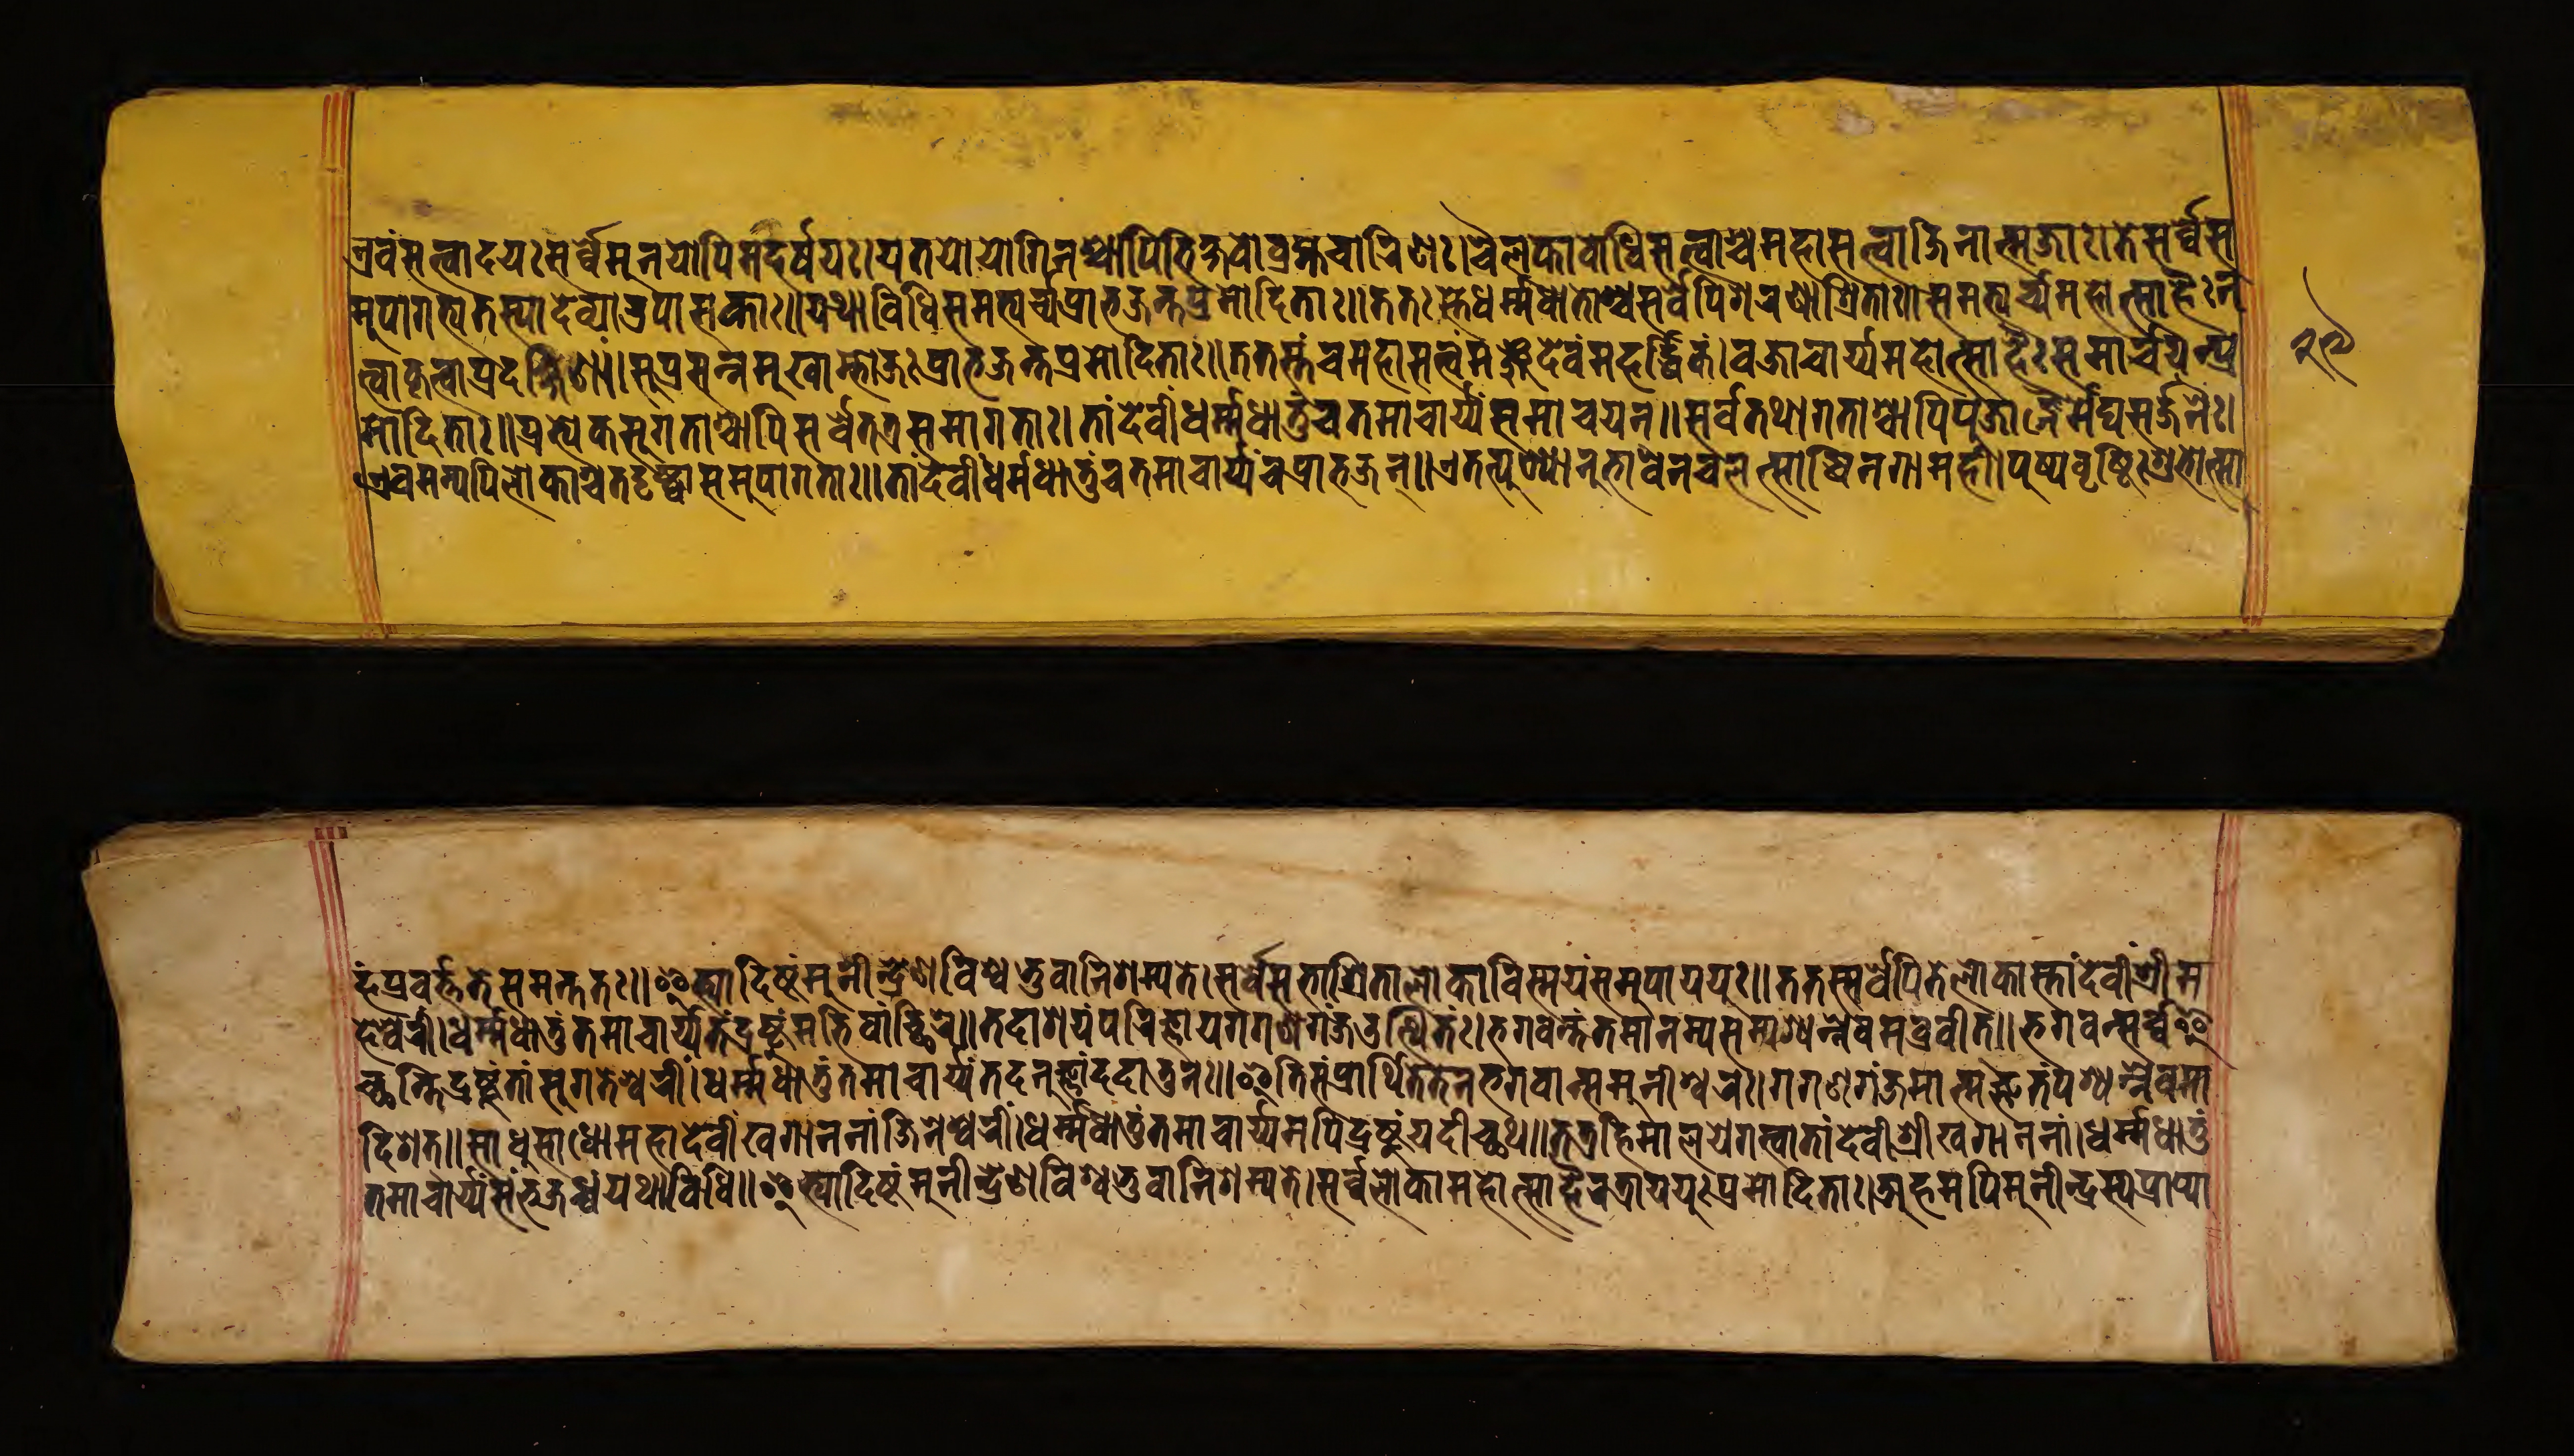
𑐊𑑂𑐬𑐰𑑄𑐳𑐟𑑂𑐰𑐵𑐡𑐫𑑅𑐳𑐬𑑂𑐰𑐾𑐩𑐣𑐫𑑀𑐥𑐶𑐩𑐡𑐬𑑂𑐲𑐫𑑅।𑐫𑐟𑐫𑑀𑐫𑑀𑐐𑐶𑐣𑐱𑑂𑐔𑐵𑐥𑐶𑐨𑐶𑐎𑑂𑐲𑐫𑑀𑐧𑑂𑐬𑐴𑑂𑐩𑐔𑐵𑐬𑐶𑐞𑑅।𑐰𑐮𑐎𑐵𑐧𑑀𑐢𑐶𑐳𑐟𑑂𑐟𑑂𑐰𑐵𑐱𑑂𑐔𑐩𑐴𑐵𑐳𑐟𑑂𑐟𑑂𑐰𑐵𑐖𑐶𑐣𑐵𑐟𑑂𑐩𑐖𑐵𑑅।𑐟𑐾𑐳𑐬𑑂𑐰𑐾𑐳 𑐩𑐸𑐥𑐵𑐐𑐟𑑂𑐫𑐟𑐳𑑂𑐫𑐵𑐡𑐾𑐰𑑂𑐫𑐵𑐄𑐥𑐵𑐳𑐎𑐵𑑅॥𑐫𑐠𑐵𑐰𑐶𑐢𑐶𑐳𑐩𑐨𑑂𑐫𑐬𑑂𑐔𑑂𑐫𑐥𑑂𑐬𑐵𑐨𑐖𑐣𑑂𑐟𑐥𑑂𑐬𑐩𑑀𑐡𑐶𑐟𑐵𑑅॥𑐟𑐟𑑅𑐳𑑂𑐟𑐾𑐢𑐬𑑂𑐩𑑂𑐩𑐢𑐵𑐟𑑀𑐱𑑂𑐔𑐳𑐬𑑂𑐰𑐾𑐥𑐶𑐱𑐬𑐞𑐵𑐱𑑂𑐬𑐶𑐟𑐵𑑅॥𑐳𑐩𑐨𑑂𑐫𑐬𑑂𑐔𑑂𑐫𑐩𑐴𑑀𑐟𑑂𑐳𑐵𑐴𑐿 𑐟𑑂𑐰𑐵𑐎𑐺𑐟𑑂𑐰𑐵𑐥𑑂𑐬𑐡𑐎𑑂𑐲𑐶𑐞𑐵॥𑐳𑐸𑐥𑑂𑐬𑐳𑐣𑑂𑐣𑐩𑐸𑐏𑐵𑐩𑑂𑐨𑑀𑐖𑑅𑐥𑑂𑐬𑐵𑐨𑐖𑐣𑑂𑐟𑐥𑑂𑐬𑐩𑑀𑐡𑐶𑐟𑐵𑑅॥𑐟𑐟𑐳𑑂𑐟𑑄𑐔𑐩𑐴𑐵𑐳𑐟𑑂𑐟𑑂𑐰𑐩𑐘𑑂𑐖𑐸𑐡𑐾𑐰𑑄𑐩𑐴𑐬𑑂𑐢𑐶𑐎𑑄।𑐰𑐖𑐵𑐔𑐵𑐬𑐫𑑂𑐫𑐩𑐴𑑀𑐟𑑂𑐳𑐵𑐴𑐿𑑅𑐳𑐩𑐵𑐬𑑂𑐔𑐫𑐣𑑂𑐥𑑂𑐬 𑐩𑑀𑐡𑐶𑐟𑐵𑑅॥𑐥𑑂𑐬𑐟𑑂𑐫𑐾𑐎𑐳𑐸𑐐𑐟𑐵𑐱𑑂𑐔𑐵𑐥𑐶𑐳𑐬𑑂𑐰𑐾𑐟𑐟𑑂𑐬𑐳𑐩𑐵𑐐𑐟𑐵𑑅।𑐟𑐵𑑄𑐡𑐾𑐰𑑄𑐢𑐬𑑂𑐩𑑂𑐩𑐢𑐵𑐟𑐸𑑄𑐔𑐟𑐩𑐵𑐔𑐵𑐬𑑂𑐫𑐳𑐩𑐵𑐔𑐫𑐣𑑂॥𑐳𑐬𑑂𑐰𑑂𑐰𑐟𑐠𑐵𑐐𑐟𑐵𑐱𑑂𑐔𑐵𑐥𑐶𑐥𑐹𑐖𑐵𑐴𑐿𑐩𑐾𑐰𑑂𑐫𑐳𑐬𑑂𑐖𑐣𑐿𑑅॥ 𑐊𑐰𑐩𑐩𑑂𑐫𑐥𑐶𑐮𑑀𑐎𑐵𑐱𑑂𑐔𑐟𑐡𑐺𑐲𑑂𑐚𑑂𑐰𑐵𑐳𑐩𑐸𑐥𑐵𑐐𑐟𑐵𑑅॥𑐟𑐵𑐡𑐾𑐰𑐷𑑄𑐢𑐬𑑂𑐩𑐢𑐵𑐟𑐸𑑄𑐔𑐟𑐩𑐵𑐔𑐵𑐬𑑂𑐫𑐔𑐥𑑂𑐬𑐵𑐨𑐖𑐣𑑂॥𑐊𑐟𑐟𑑂𑐥𑐸𑐥𑑂𑐫𑐵𑐣𑐸𑐨𑐵𑐰𑐣𑐔𑐮𑐟𑑂𑐳𑐵𑑂𑐢𑐶𑐣𑐐𑐵𑐩𑐴𑐷॥𑐥𑐸𑐲𑑂𑐥𑐰𑐺𑐲𑑂𑐚𑐶𑐱𑐸𑐨𑑀𑐟𑑂𑐳𑐵 𑑄𑐥𑑂𑐬𑐰𑐬𑑂𑐟𑑂𑐟𑐟𑐾𑐳𑐩𑐣𑑂𑐟𑐟𑑅॥𑐂𑐟𑑂𑐫𑐵𑐡𑐶𑐲𑑂𑐚𑑄𑐩𑐸𑐣𑐷𑐣𑑂𑐡𑑂𑐬𑐾𑐞𑐰𑐶𑐢𑑂𑐫𑐟𑐸𑐰𑐵𑐣𑐶𑐱𑐩𑑂𑐫𑐟𑐾।𑐳𑐬𑑂𑐰𑐾𑐳𑐨𑐵𑐱𑑂𑐬𑐶𑐟𑐵𑐮𑑀𑐎𑐵𑐰𑐶𑐳𑑂𑐩𑐫𑑄𑐳𑐩𑐸𑐥𑐵𑐫𑐫𑐸𑑅॥𑐟𑐟𑐳𑑂𑐳𑐬𑑂𑐰𑐾𑐥𑐶𑐟𑐾𑐮𑑀𑐎𑐵𑐳𑑂𑐟𑐵𑑄𑐡𑐾𑐰𑐷 𑐴𑐾𑐰𑐬𑐷॥𑐢𑐬𑑂𑐩𑑂𑐩𑐢𑐵𑐟𑐸𑑄𑐟𑐩𑐵𑐔𑐵𑐬𑑂𑐫𑐟𑐾𑐡𑑂𑐬𑐲𑑂𑐚𑐸𑑄𑐩𑐨𑐶𑐰𑐵𑐔𑑂𑐕𑐶𑐬𑐾॥𑐟𑐡𑐵𑐱𑐫𑑄𑐥𑐬𑐶𑐖𑑂𑐘𑐵𑐫𑐐𑐐𑐫𑐐𑐖𑐄𑐟𑑂𑐫𑐶𑐟𑑅।𑐨𑐐𑐰𑐣𑑂𑐟𑑄𑐟𑐩𑐵𑐣𑐩𑑂𑐫𑐳𑐩𑑂𑐥𑐱𑑂𑐫𑐣𑑂𑐣𑐾𑐰𑐩𑐧𑑂𑐬𑐰𑐷𑐟𑑂॥𑐨𑐐𑐰𑐣𑑂𑐳𑐬𑑂𑐰𑑂𑐰𑐡 𑐔𑑂𑐕𑐣𑑂𑐟𑐶𑐡𑑂𑐬𑐲𑑂𑐰𑑄𑐟𑐵𑑄𑐳𑐸𑐐𑐟𑐾𑐱𑑂𑐔𑐬𑐷𑑄॥𑐢𑐬𑑂𑐩𑑂𑐩𑐢𑐵𑐟𑐸𑑄𑐟𑐩𑐵𑐔𑐵𑐬𑑂𑐫𑐟𑐡𑐣𑐸𑐟𑑂𑐫𑐵𑑄𑐡𑐡𑐵𑐟𑐸𑐣𑑅॥𑐂𑐟𑐶𑐳𑑄𑐥𑑂𑐬𑐵𑐬𑑂𑐠𑐶𑐟𑐾𑐟𑐾𑐣𑐨𑐐𑐰𑐵𑐣𑑂𑐳𑐩𑐸𑐣𑐷𑐱𑑂𑐰𑐬𑑄𑑅।𑐐𑐐𑐞𑐐𑑄𑐖𑐩𑐵𑐟𑑂𑐩𑐁𑐟𑑄𑐥𑐱𑑂𑐫𑐣𑑂𑐣𑐿𑐰𑑂𑐫𑐵 𑐡𑐶𑐱𑐵𑐟𑑂॥𑐳𑐵𑐢𑐩𑑂𑐵𑐢𑐵𑐩𑐴𑐵𑐡𑐾𑐰𑐷𑐰𑐐𑐵𑐣𑐣𑐵𑑄𑐖𑐶𑐣𑐾𑐱𑑂𑐰𑐬𑐷॥𑐢𑐬𑑂𑐩𑑂𑐩𑐢𑐵𑐟𑐸𑑄𑐟𑐩𑐵𑐔𑐵𑐫𑑂𑐫𑐩𑐥𑐶𑐡𑑂𑐬𑐲𑑂𑐚𑑄𑐫𑐡𑐷𑐔𑑂𑐕𑐠𑐵॥𑐟𑐟𑑂𑐬𑐴𑐶𑐩𑐵𑐮𑐫𑐾𑐐𑐳𑑂𑐰𑐵𑐟𑐵𑑄𑐡𑐾𑐰𑐷𑑄𑐱𑑂𑐬𑐷𑑂𑐏𑐐𑐵𑐣𑐣𑐵॥𑐢𑐬𑑂𑐩𑑂𑐩𑐢𑐵𑐟𑐸 𑐟𑐩𑐵𑐔𑐵𑐬𑑂𑐫𑑄𑐳𑑄𑐨𑐖𑐢𑑂𑐫𑐫𑐠𑐵𑐢𑐶𑐢𑐶॥𑐂𑐟𑑂𑐫𑐵𑐡𑐶𑐲𑑂𑐚𑑄𑐩𑐸𑐣𑐷𑑂𑐡𑑂𑐬𑐾𑐞𑐵𑐰𑐶𑐱𑑂𑐫𑐨𑐸𑐰𑐵𑐣𑐶𑐱𑐩𑑂𑐫𑐟𑐾॥𑐳𑐬𑑂𑐰𑐮𑑀𑐎𑐵𑐩𑐴𑑀𑐟𑑂𑐳𑐵𑐴𑐿𑐟𑐬𑐵𑐫𑐫𑐸𑑅𑐥𑑂𑐬𑐩𑑀𑐡𑐶𑐟𑐵𑑅।𑐀𑐴𑐩𑐥𑐶𑐩𑐸𑐣𑐷𑐣𑑂𑐡𑑂𑐬𑐳𑑂𑐫𑐥𑑂𑐬𑐵𑐥𑑂𑐫𑐵 𑑒𑑙